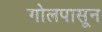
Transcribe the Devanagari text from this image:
गोलपासून